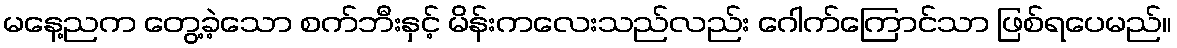
မနေ့ညက တွေ့ခဲ့သော စက်ဘီးနှင့် မိန်းကလေးသည်လည်း ဂေါက်ကြောင်သာ ဖြစ်ရပေမည်။